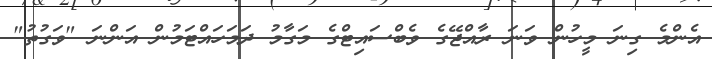
އެންމެ ގިނަ މީހުން ވަނަ ރާއްޖޭގެ ވެބްސައިޓްގެ މަގާމު ދަމަހައްޓަމުން އަންނަ "ވަގުތު"